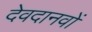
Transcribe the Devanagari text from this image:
देवदानवों